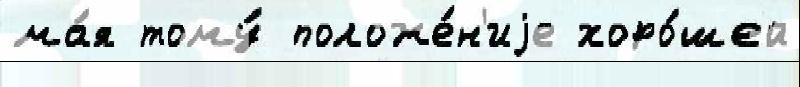
ма́я тому́ положе́н'иjе хоро́шей